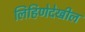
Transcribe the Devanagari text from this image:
लिहिणेदेखील